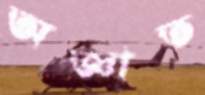
অজ্ঞাত